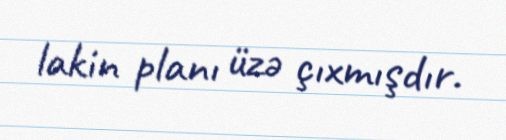
lakin planı üzə çıxmışdır.